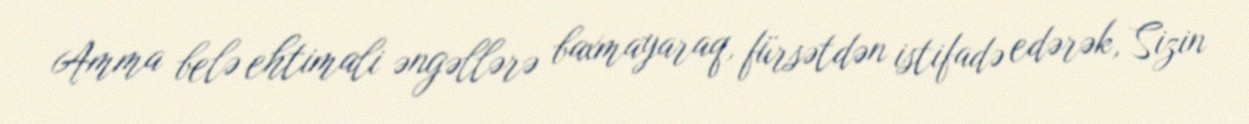
Amma belə ehtimali əngəllərə baxmayaraq, fürsətdən istifadə edərək, Sizin